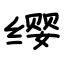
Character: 缨